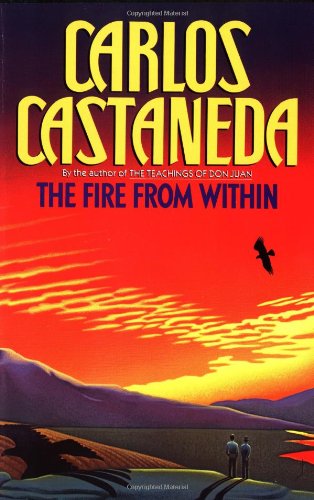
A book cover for The Fire from Within; Carlos Castaneda; Religion & Spirituality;